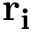
{ \mathbf { r _ { i } } }